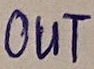
Text: OUT